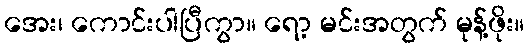
အေး၊ ကောင်းပါပြီကွာ။ ရော့ မင်းအတွက် မုန့်ဖိုး။